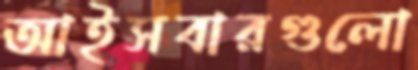
আইসবারগুলো